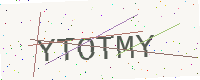
Text: YTOTMY